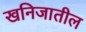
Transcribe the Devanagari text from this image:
खनिजातील